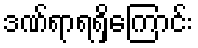
ဒဏ်ရာရရှိကြောင်း